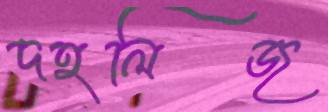
দহলিজ